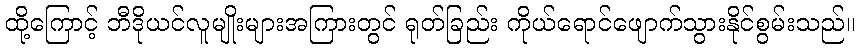
ထို့ကြောင့် ဘီဒိုယင်လူမျိုးများအကြားတွင် ရုတ်ခြည်း ကိုယ်ရောင်ဖျောက်သွားနိုင်စွမ်းသည်။